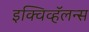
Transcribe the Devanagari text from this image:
इक्विव्हॅलन्स